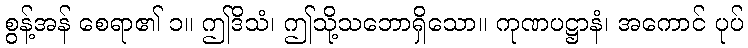
စွန့်အန် စေရာ၏ ၁။ ဤဒိသံ၊ ဤသို့သဘောရှိသော။ ကုဏပဋ္ဌာနံ၊ အကောင် ပုပ်